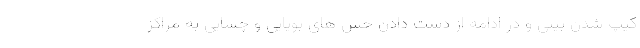
کیپ شدن بینی و در ادامه از دست دادن حس های بویایی و چشایی به مراکز